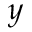
y